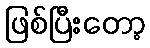
ဖြစ်ပြီးတော့